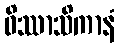
ဝိဿာသိကာနံ